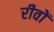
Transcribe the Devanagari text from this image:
रीवों